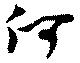
何